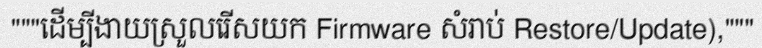
"""ដើម្បីងាយស្រួលរើសយក Firmware សំរាប់ Restore/Update),"""